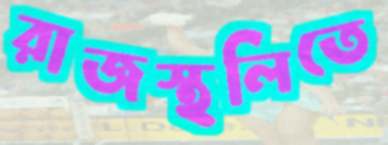
রাজস্থলিতে